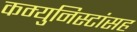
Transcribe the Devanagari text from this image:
कम्युनिस्टांसह